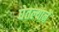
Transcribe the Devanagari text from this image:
घेतल्यानें